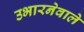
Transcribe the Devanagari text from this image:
उभारनेवाले